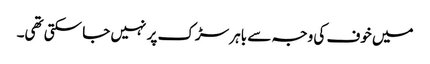
میں خوف کی وجہ سے باہر سڑک پر نہیں جا سکتی تھی۔